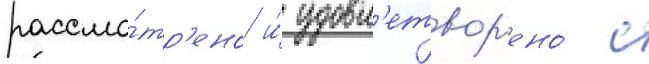
рассмо́тр'ено и́ удовл'етвор'ено́ с